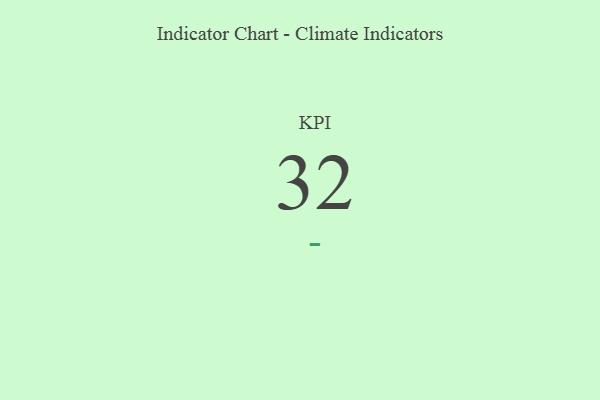
{"axis": {"x": "KPI", "y": "Value"}, "legend": [""], "data": [{"x": "KPI", "y": 32, "type": ""}]}